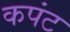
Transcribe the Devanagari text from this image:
कपंट